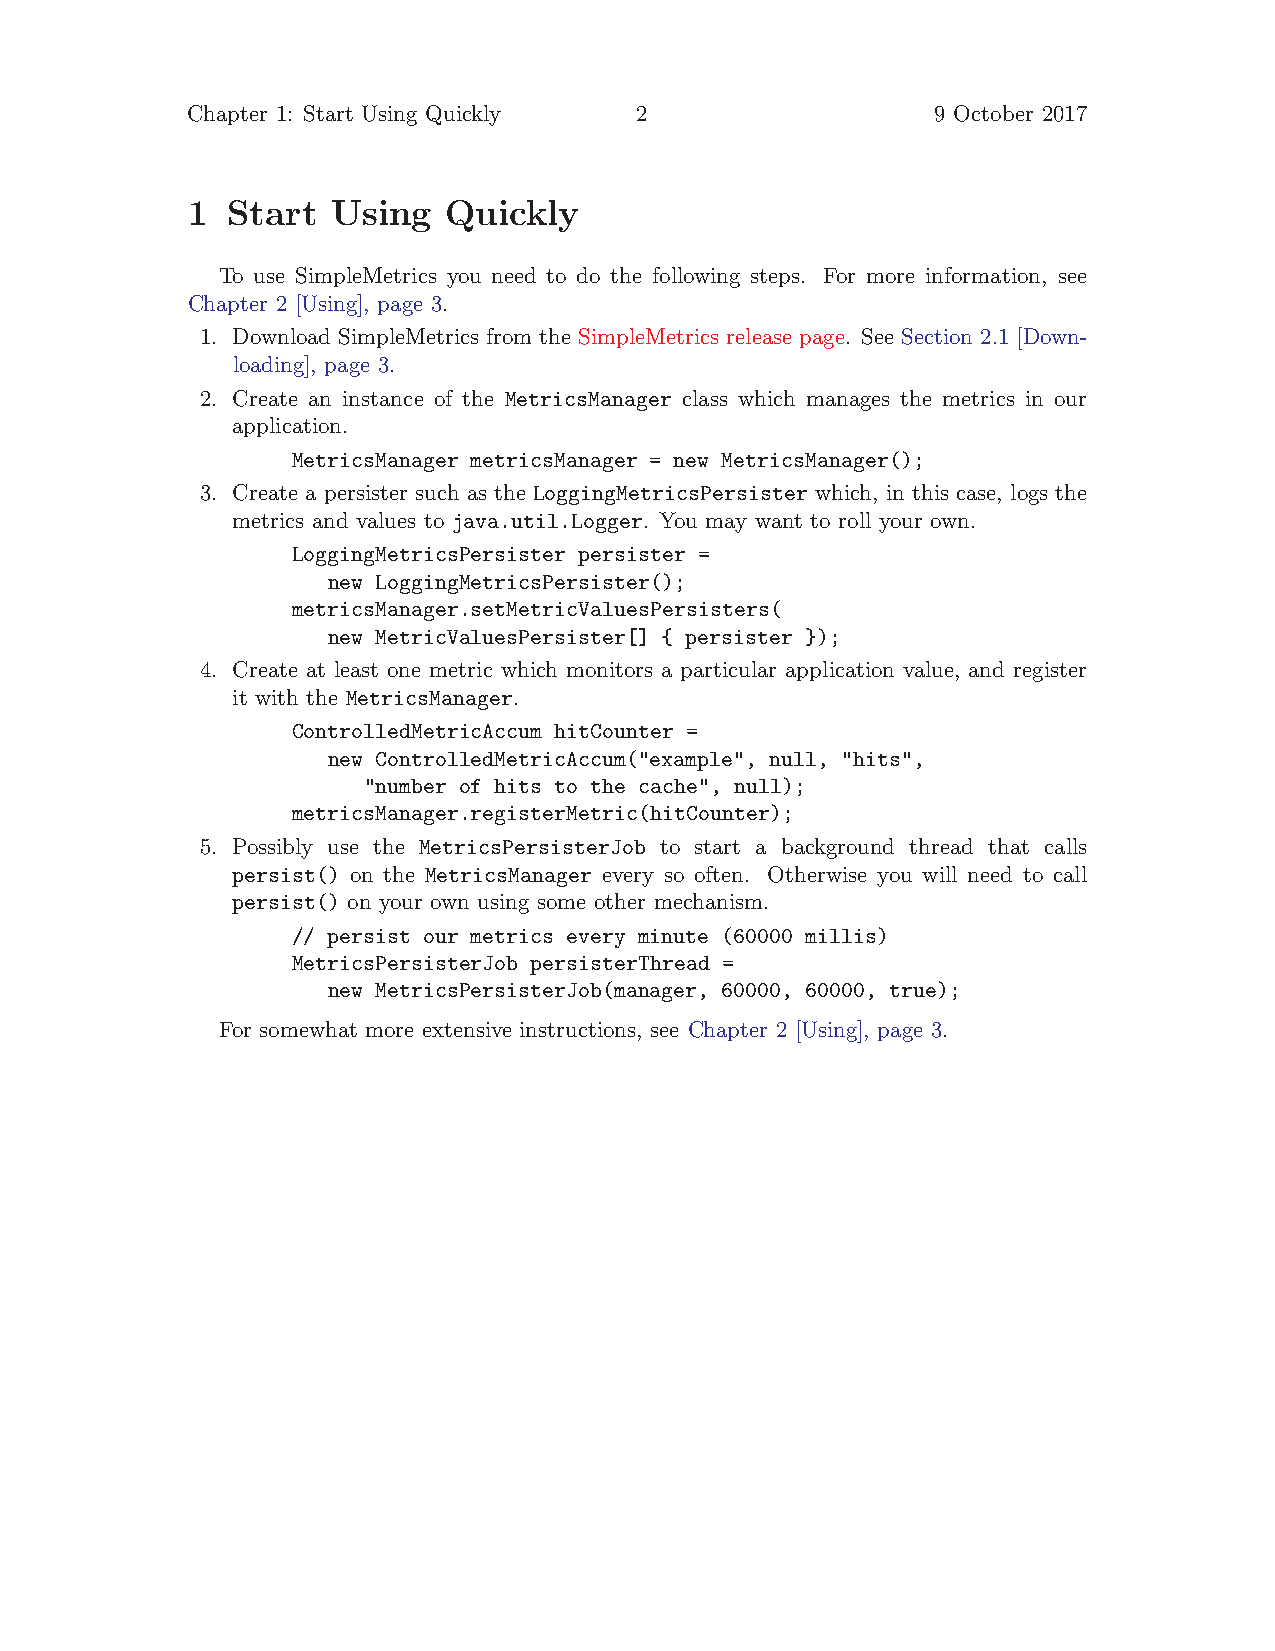
Chapter 1: Start Using Quickly 2                  9 October 2017
 1  Start  Using  Quickly
 To use SimpleMetrics you need to do the following steps. For more information, see
 Chapter 2 [Using], page 3.
 1. Download SimpleMetrics from the SimpleMetrics release page. See Section 2.1 [Down-
 loading], page 3.
 2. Create an instance of the MetricsManager class which manages the metrics in our
 application.
 MetricsManager metricsManager = new MetricsManager();
 3. Create a persister such as the LoggingMetricsPersister which, in this case, logs the
 metrics and values to java.util.Logger. You may want to roll your own.
 LoggingMetricsPersister persister =
 new LoggingMetricsPersister();
 metricsManager.setMetricValuesPersisters(
 new MetricValuesPersister[] { persister });
 4. Create at least one metric which monitors a particular application value, and register
 it with the MetricsManager.
 ControlledMetricAccum hitCounter =
 new ControlledMetricAccum("example", null, "hits",
 "number of hits to the cache", null);
 metricsManager.registerMetric(hitCounter);
 5. Possibly use the MetricsPersisterJob to start a background thread that calls
 persist() on the MetricsManager every so often. Otherwise you will need to call
 persist() on your own using some other mechanism.
 // persist our metrics every minute (60000 millis)
 MetricsPersisterJob persisterThread =
 new MetricsPersisterJob(manager, 60000, 60000, true);
 For somewhat more extensive instructions, see Chapter 2 [Using], page 3.